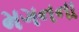
મગનના